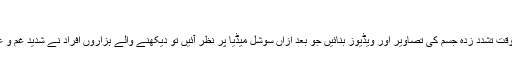
'
ظہیرالدین نے اسی وقت تشدد زدہ جسم کی تصاویر اور ویڈیوز بنائیں جو بعد ازاں سوشل میڈیا پر نظر آئیں تو دیکھنے والے ہزاروں افراد نے شدید غم و غصے کا اظہار کیا۔